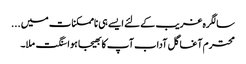
سالگرہ غریب کےلئے ایسے ہی ناممکنات میں ...
محترم آغا گل آداب آپ کا بھیجا ہوا سنگت ملا۔